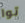
توا